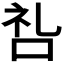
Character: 𫩶